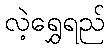
လဲ့ရွှေရည်